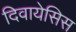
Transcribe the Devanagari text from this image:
दिवायेसिस